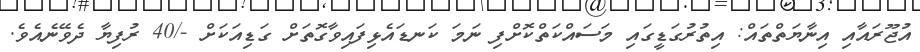
އުޖޫރައާއި އިނާޔަތްތައް: އިތުރުގަޑީގައި މަސައްކަތްކޮށްފި ނަމަ ކަނޑައެޅިފައިވާގޮތަށް ގަޑިއަކަށް -/40 ރުފިޔާ ދެވޭނެއެވެ.